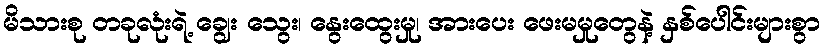
မိသားစု တခုလုံးရဲ့ ချွေး သွေး၊ နွေးထွေးမှု၊ အားပေး ဖေးမမှုတွေနဲ့ နှစ်ပေါင်းများစွာ